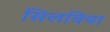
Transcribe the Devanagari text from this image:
सिलविया